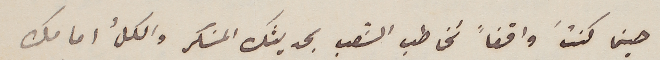
حينما كنتَ واقفاً تخاطب الشعب بحديثك المسَكر والكلُ امامك